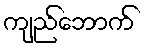
ကျည်ဘောက်